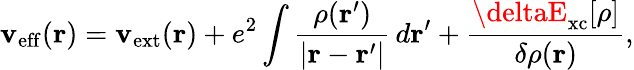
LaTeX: \mathbf{v}_{\mathrm{{eff}}}(\mathbf{{r}})=\mathbf{v}_{\mathrm{{ext}}}(\mathbf{{r}})+e^{2}\int{\frac{{\rho(\mathbf{{r}}^{\prime})}}{{|\mathbf{{r}}-\mathbf{{r}}^{\prime}|}}}\, d\mathbf{{r}}^{\prime}+{\frac{{\deltaE_{\mathrm{{xc}}}[\rho]}}{{\delta\rho(\mathbf{{r}})}}},